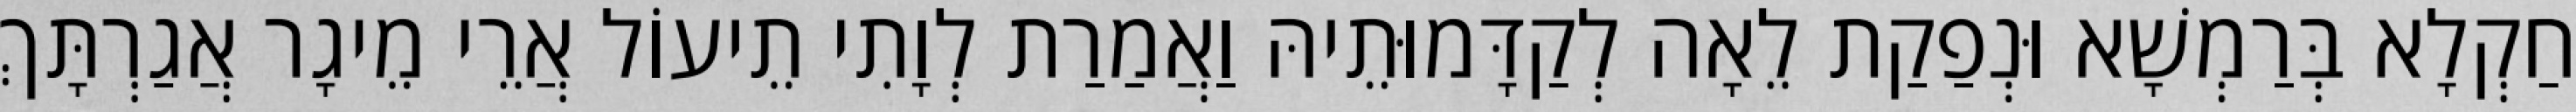
חַקְלָא בְּרַמְשָׁא וּנְפַקַת לֵאָה לְקַדָּמוּתֵיהּ וַאֲמַרַת לְוָתִי תֵיעוֹל אֲרֵי מֵיגָר אֲגַרְתָּךְ